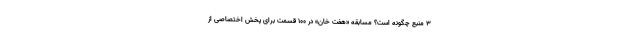
3 منبع چگونه است؟ مسابقه «هفت خان» در ۱۰۰ قسمت برای پخش اختصاصی از